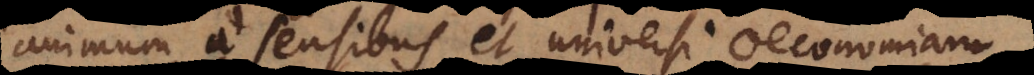
animum a sensibus et universi oeconomiam